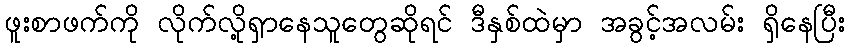
ဖူးစာဖက်ကို လိုက်လို့ရှာနေသူတွေဆိုရင် ဒီနှစ်ထဲမှာ အခွင့်အလမ်း ရှိနေပြီး